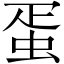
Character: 蛋